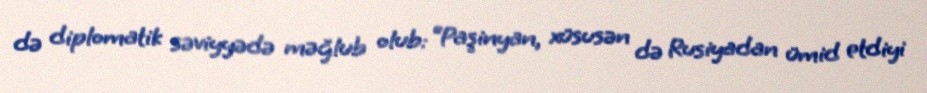
də diplomatik səviyyədə məğlub olub: “Paşinyan, xüsusən də Rusiyadan ümid etdiyi